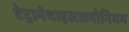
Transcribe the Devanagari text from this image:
टेट्रामेथाइलअमोनियम